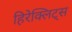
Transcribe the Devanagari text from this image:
हिरेक्लिट्स